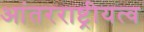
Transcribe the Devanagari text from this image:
आंतरराष्ट्रीयत्व